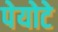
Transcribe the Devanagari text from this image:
पेयोटे